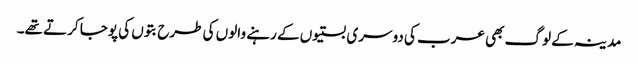
مدینہ کے لوگ بھی عرب کی دوسری بستیوں کے رہنے والوں کی طرح بتوں کی پوجا کرتے تھے۔